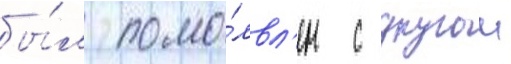
бы́л помо́лвл'ен с другои